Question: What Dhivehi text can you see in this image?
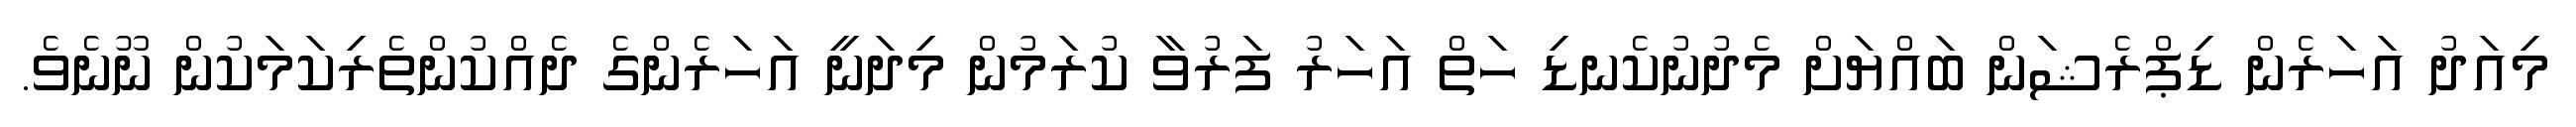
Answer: މިއަދު އަހަރެން ޑިޕްރެޝަން ބައްޔަށް މެދުނުކެނޑި ހަތް އަހަރު ފަރުވާ ކުރަމުން މިދަނީ އަހަރެންގެ ދެއްކުންތެރިކަމަކުން ނޫނެވެ.